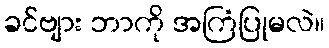
ခင်ဗျား ဘာကို အကြံပြုမလဲ။